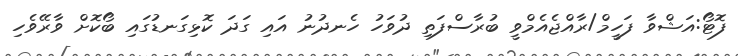
ފޮޓޯ:އަޝްވާ ފަހީމް/ރާއްޖެއެމްވީ ބުރާސްފަތި ދުވަހު ހެނދުނު އައި ގަދަ ކޮޅިގަނޑުގައި ބޯކޮށް ވާރޭވެހި